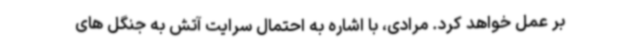
بر عمل خواهد کرد. مرادی، با اشاره به احتمال سرایت آتش به جنگل های